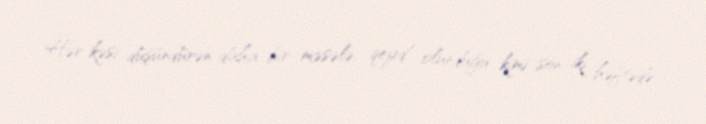
Hər kəsi düşündürən daha bir məsələ, qeyd olunduğu kimi son iki həftədə